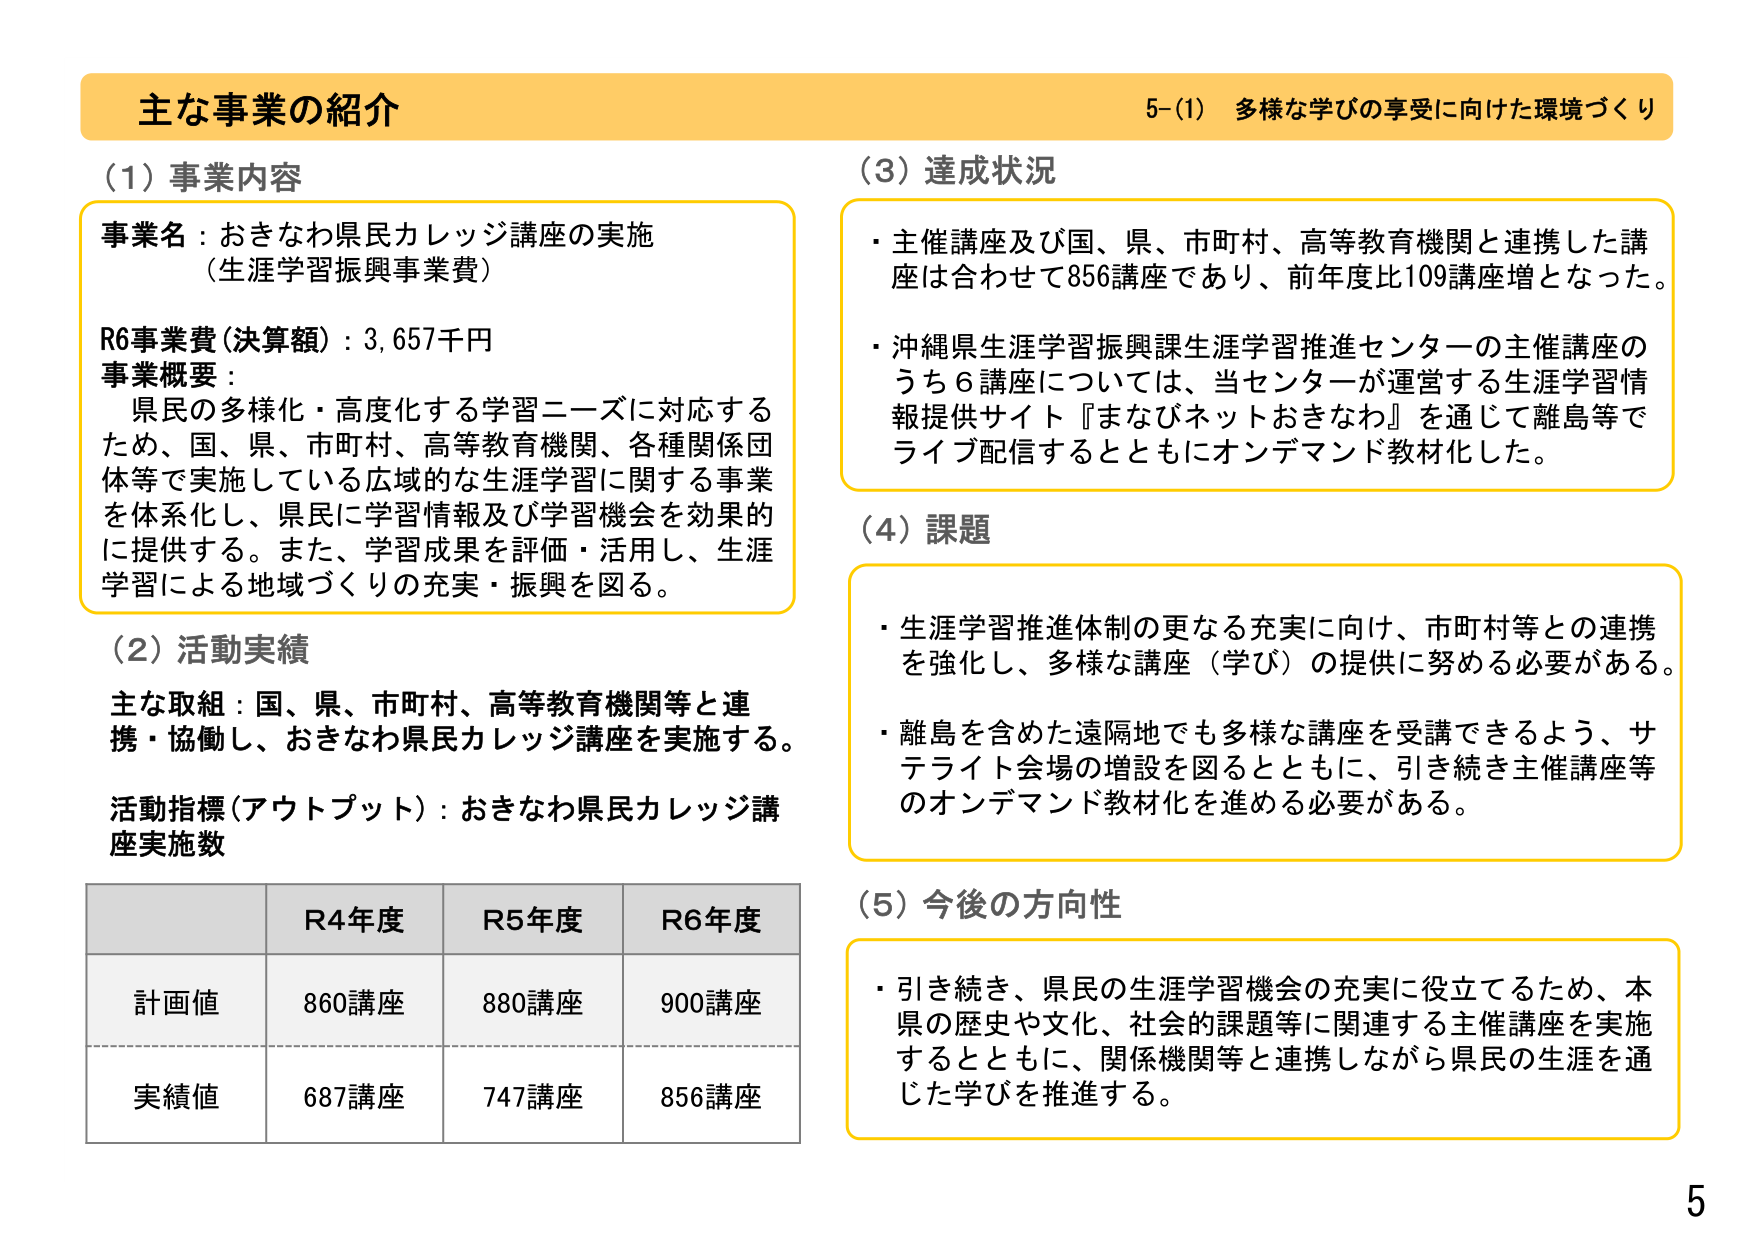
主な事業の紹介
5-(1) 多様な学びの享受に向けた環境づくり

(1) 事業内容
事業名：おきなわ県民カレッジ講座の実施
（生涯学習振興事業費）
R6事業費（決算額）：3,657千円
事業概要：
　県民の多様化・高度化する学習ニーズに対応する
　ため、国、県、市町村、高等教育機関、各種関係団
　体等で実施している広域的な生涯学習に関する事業
　を体系化し、県民に学習情報及び学習機会を効果的
　に提供する。また、学習成果を評価・活用し、生涯
　学習による地域づくりの充実・振興を図る。

(2) 活動実績
主な取組：国、県、市町村、高等教育機関等と連
　携・協働し、おきなわ県民カレッジ講座を実施する。
活動指標（アウトプット）：おきなわ県民カレッジ講
　座実施数

R4年度　R5年度　R6年度
計画値　860講座　880講座　900講座
実績値　687講座　747講座　856講座

(3) 達成状況
・主催講座及び国、県、市町村、高等教育機関と連携した講
　座は合わせて856講座であり、前年度比109講座増となった。
・沖縄県生涯学習振興課生涯学習推進センターの主催講座の
　うち6講座については、当センターが運営する生涯学習情
　報提供サイト『まなびネットおきなわ』を通じて離島等で
　ライブ配信するとともにオンデマンド教材化した。

(4) 課題
・生涯学習推進体制の更なる充実に向け、市町村等との連携
　を強化し、多様な講座（学び）の提供に努める必要がある。
・離島を含めた遠隔地でも多様な講座を受講できるよう、サ
　テライト会場の増設を図るとともに、引き続き主催講座等
　のオンデマンド教材化を進める必要がある。

(5) 今後の方向性
・引き続き、県民の生涯学習機会の充実に役立てるため、本
　県の歴史や文化、社会的課題等に関連する主催講座を実施
　するとともに、関係機関等と連携しながら県民の生涯を通
　じた学びを推進する。

5